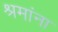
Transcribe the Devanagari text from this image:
श्रमांना